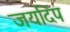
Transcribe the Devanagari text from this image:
जयदिप